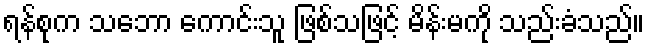
ရန်စုက သဘော ကောင်းသူ ဖြစ်သဖြင့် မိန်းမကို သည်းခံသည်။